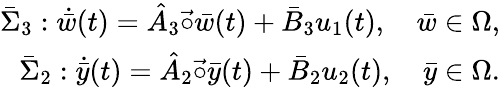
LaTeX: \begin{array}{r}{\bar{\Sigma}_{3}:\dot{\bar{w}}(t)=\hat{A}_{3}\vec{\circ}\bar{w}(t)+\bar{B}_{3}u_{1}(t),\quad\bar{w}\in\Omega,}\\ {\bar{\Sigma}_{2}:\dot{\bar{y}}(t)=\hat{A}_{2}\vec{\circ}\bar{y}(t)+\bar{B}_{2}u_{2}(t),\quad\bar{y}\in\Omega.}\end{array}